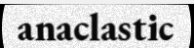
anaclastic